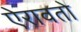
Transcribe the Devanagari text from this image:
ऐरावतो